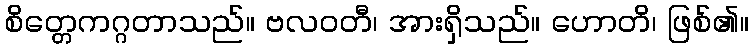
စိတ္တေကဂ္ဂတာသည်။ ဗလဝတီ၊ အားရှိသည်။ ဟောတိ၊ ဖြစ်၏။